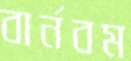
বার্নবম